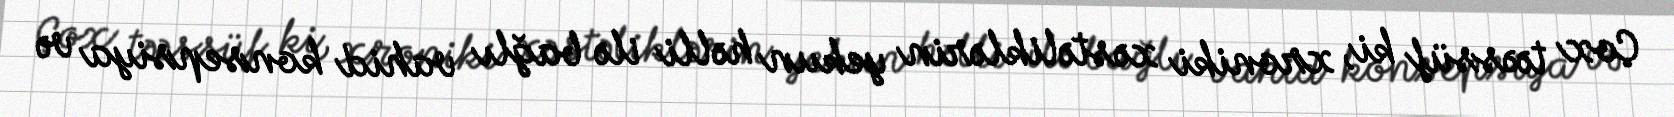
Çox təəssüf ki, xroniki xəstəliklərin yekun həlli ilə bağlı vahid konsepsiya və